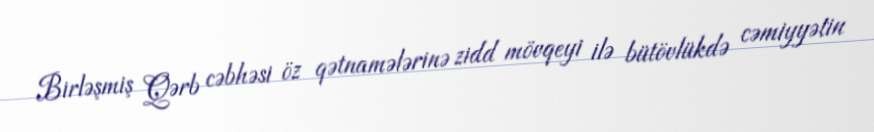
Birləşmiş Qərb cəbhəsi öz qətnamələrinə zidd mövqeyi ilə bütövlükdə cəmiyyətin